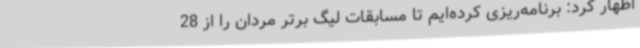
اظهار کرد: برنامه‌ریزی کرده‌ایم تا مسابقات لیگ برتر مردان را از 28